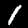
Digit: 1